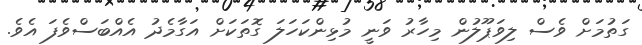
ގަތުމަށް ވެސް ލިވަޕޫލުން މިހާރު ވަނީ މުޅިންކަހަލަ ގޮތަކަށް އަގާމެދު އެއްބަސްވެފަ އެވެ.